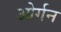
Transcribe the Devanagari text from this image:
ओर्गन